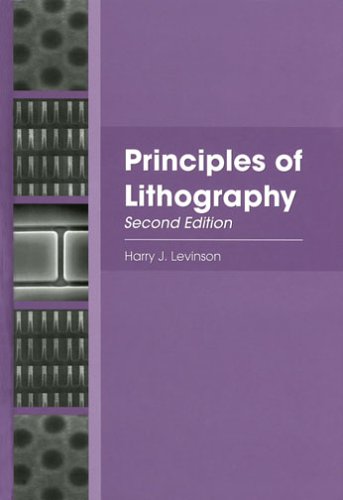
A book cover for Principles of Lithography, Second Edition (SPIE Press Monograph Vol. PM146); Harry J. Levinson; Arts & Photography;